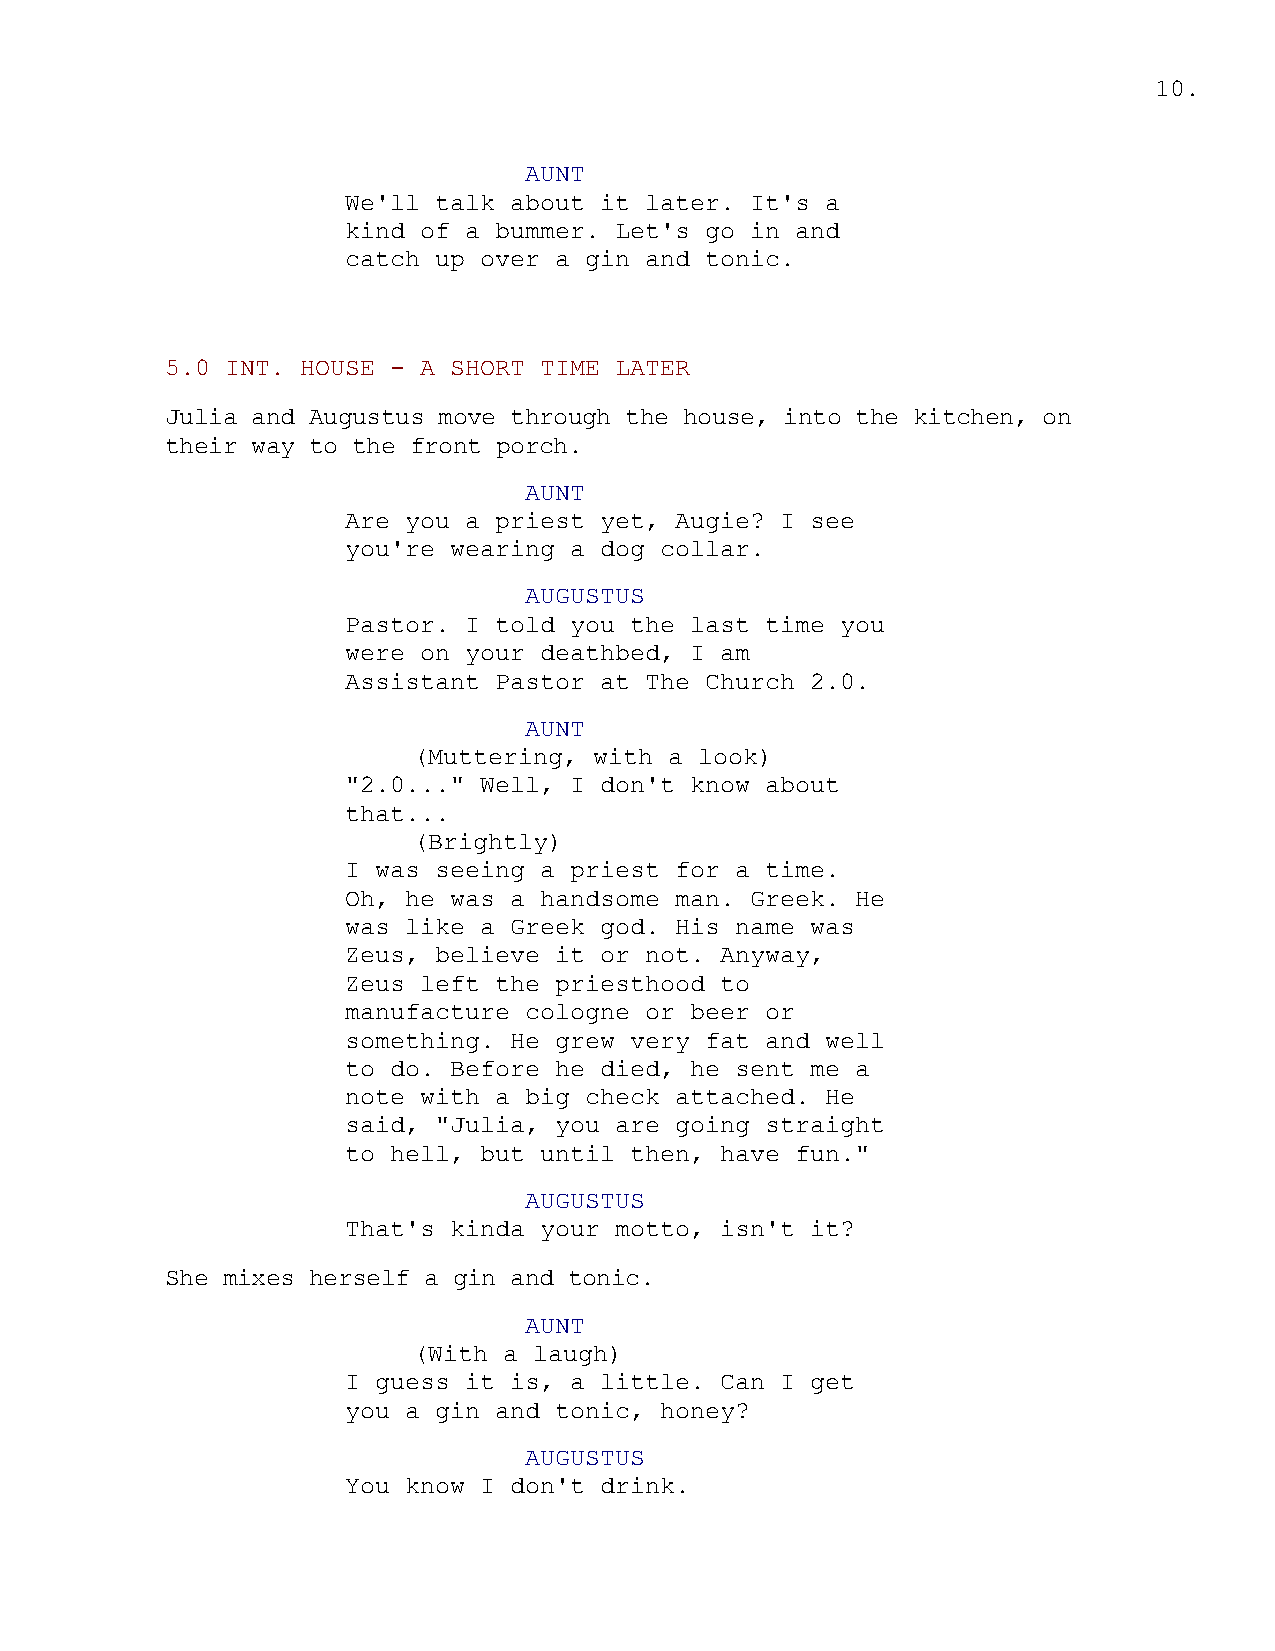
10.
 AUNT
 We'll talk about it later. It's a
 kind of a bummer. Let's go in and
 catch up over a gin and tonic.
 5.0 INT. HOUSE - A SHORT TIME LATER
 Julia and Augustus move through the house, into the kitchen, on
 their way to the front porch.
 AUNT
 Are you a priest yet, Augie? I see
 you're wearing a dog collar.
 AUGUSTUS
 Pastor. I told you the last time you
 were on your deathbed, I am
 Assistant Pastor at The Church 2.0.
 AUNT
 (Muttering, with a look)
 "2.0..." Well, I don't know about
 that...
 (Brightly)
 I was seeing a priest for a time.
 Oh, he was a handsome man. Greek. He
 was like a Greek god. His name was
 Zeus, believe it or not. Anyway,
 Zeus left the priesthood to
 manufacture cologne or beer or
 something. He grew very fat and well
 to do. Before he died, he sent me a
 note with a big check attached. He
 said, "Julia, you are going straight
 to hell, but until then, have fun."
 AUGUSTUS
 That's kinda your motto, isn't it?
 She mixes herself a gin and tonic.
 AUNT
 (With a laugh)
 I guess it is, a little. Can I get
 you a gin and tonic, honey?
 AUGUSTUS
 You know I don't drink.